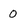
Character: 0